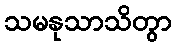
သမနုသာသိတွာ